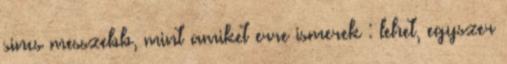
sincs messzebb, mint amiket erre ismerek : lehet, egyszer